Medical and sanitary report on the native army of Bombay for the year
Year: 1879
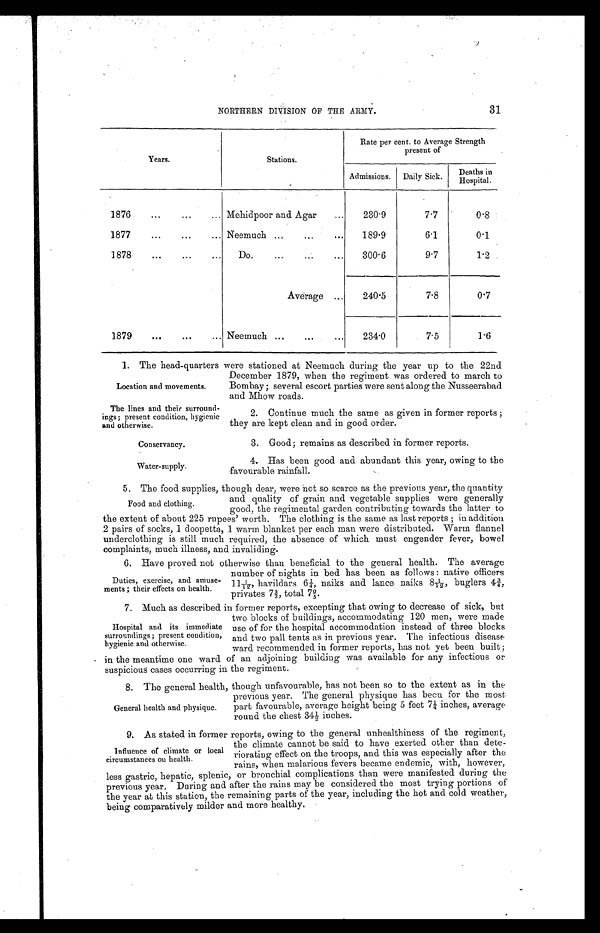
31
NORTHERN DIVISION OF THE ARMY.
Years.
Stations.
Rate per cent. to Average Strength
present of
Admissions.
Daily Sick.
Deaths in Hospital.
1876 . . .
Mehidpoor and Agar . . .
230.9
7.7
0.8
1877 . . .
Neemuch . . .
189.9
6.1
0.1
1878 . . .
Do. . . .
300.6
9.7
1.2
Average . . .
240.5
7.8
0.7
1879 . . .
Neemuch . . .
234.0
7.5
1.6
1. The head-quarters were stationed at Neemuch during the year up to the 22nd
December 1879, when the regiment was ordered to march to
Bombay; several escort parties were sent along the Nusseerabad.
and
Mhow roads.
Location and movements.
The lines and their surround
-
ings; present condition, hygienic
and otherwise.
Conservancy.
Water-supply.
2. Continue much the same as given in former reports;
they are kept clean and in good order.
3. Good; remains as described in former reports.
4. Has been good and abundant this year, owing to the
favourable rainfall.
5. The food supplies, though dear, were not so scarce as the previous year, the quantity
and quality of grain and vegetable supplies were generally
good, the regimental garden contributing towards the latter to
the extent of about 225 rupees' worth. The clothing is the same as last reports; in addition
2 pairs of socks, 1 doopetta, 1 warm blanket per each man were distributed. Warm flannel
underclothing is still much required, the absence of which must engender fever, bowel
complaints, much illness, and invaliding.
6 . H a v e p r o v e d n o t o t h e r w i s e t h a n b e n e f i c i a l t o t h e g e n e r a l h e a l t h . T h e a v e r a g e
number of nights in bed has been as follows: native officers
111/12, havildars 6¼, naiks and lance naiks 81/12, buglers 4¾,
privates 72/3, total 72/5.
7. Much as described in former reports, excepting that owing to decrease of sick, but
two blocks of buildings, accommodating 120 men, were made
use of for the hospital accommodation instead of three blocks
and two pall tents as in previous year. The infectious disease
ward recommended in former reports, has not yet been built;
in the meantime one ward of an adjoining building was available for any infectious or
suspicious cases occurring in the regiment.
8 . T h e g e n e r a l h e a l t h , t h o u g h u n f a v o u r a b l e , h a s n o t b e e n s o t o t h e e x t e n t a s i n t h e
previous year. The general physique has been for the most
part favourable, average height being 5 feet 7¼ inches, average
round the chest 34½ inches.
9. As stated in former reports, owing to the general unhealthiness of the regiment,
the climate cannot be said to have exerted other than dete--
riorating effect on the troops, and this was especially after the
rains, when malarious fevers became endemic, with, however,
less gastric, hepatic, splenic, or bronchial complications than were manifested during the
previous year. During and after the rains may be considered the most trying portions of
the year at this station, the remaining parts of the year, including the hot and cold weather,
being comparatively milder and more healthy.
Food and clothing.
Duties, exercise, and amuse-
ments ; their effects on health.
Hospital and its immediate
surroundings; present condition,
hygeienic and otherwise.
General health and physique.
Influence of climate or local
circumstances on health.